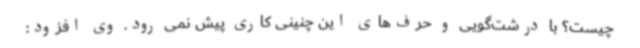
چیست؟ با درشت‌گویی و حرف‌های این چنینی کاری پیش نمی رود. وی افزود: